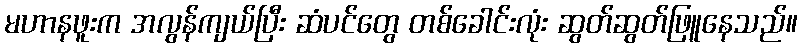
မဟာနဖူးက အလွန်ကျယ်ပြီး ဆံပင်တွေ တစ်ခေါင်းလုံး ဆွတ်ဆွတ်ဖြူနေသည်။